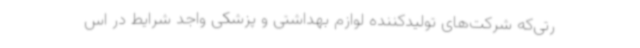
رتی‌که شرکت‌های تولیدکننده لوازم بهداشتی و پزشکی واجد شرایط در اس